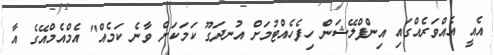
އެއީ އެއްވަރެއްގައި އިންފްލޭޝަން ހިފެހެއްޓުމަށް އުނދަގޫ ކަމަކަށް ވާނެ ކަމެއް" އެމްއެމްއޭގެ އާ